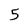
Character: 5